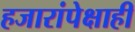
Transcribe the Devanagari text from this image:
हजारांपेक्षाही